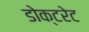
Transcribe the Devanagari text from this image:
डोक्टरेट